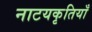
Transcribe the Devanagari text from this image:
नाटयकृतियाँ